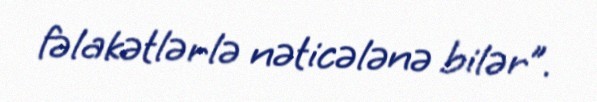
fəlakətlərlə nəticələnə bilər”.